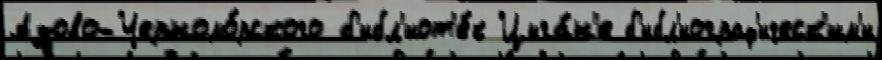
Азово-Черномо́рского б'ибл'иот'е́к Цыга́н'е б'ибл'иограф'ическ'им'и